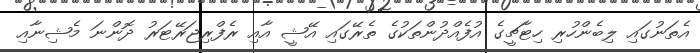
އެތަނުގައި ލިބެންހުރި ހިޓާޗީގެ އުފެއްދުންތަކުގެ ތެރޭގައި އޭޝީ އާއި ރެފްރިޖަރޭޓަރު ދޮންނަ މެޝިނާއި